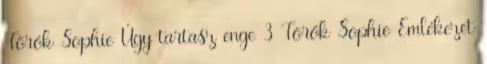
Török Sophie Úgy tartasz enge 3 Török Sophie Emlékezet